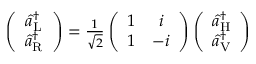
\begin{array} { r } { \left( \begin{array} { c } { \hat { a } _ { \mathrm { L } } ^ { \dagger } } \\ { \hat { a } _ { \mathrm { R } } ^ { \dagger } } \end{array} \right) = \frac { 1 } { \sqrt { 2 } } \left( \begin{array} { c c } { 1 } & { i } \\ { 1 } & { - i } \end{array} \right) \left( \begin{array} { c } { \hat { a } _ { \mathrm { H } } ^ { \dagger } } \\ { \hat { a } _ { \mathrm { V } } ^ { \dagger } } \end{array} \right) } \end{array}